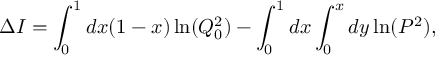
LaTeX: \Delta I = \int _ { 0 } ^ { 1 } d x ( 1 - x ) \ln ( Q _ { 0 } ^ { 2 } ) - \int _ { 0 } ^ { 1 } d x \int _ { 0 } ^ { x } d y \ln ( P ^ { 2 } ) ,